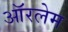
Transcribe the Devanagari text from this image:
ऑरलेम